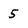
Character: 5